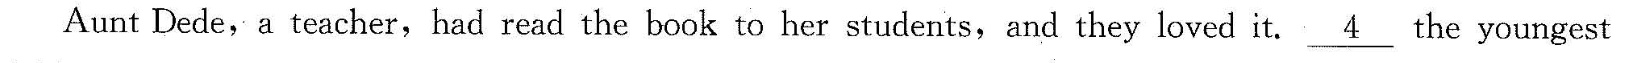
Aunt Dede, a teacher, had read the book to her students, and they loved it.\underline{4} the youngest